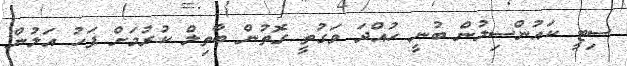
ސިޓީ ކައުންސިލުން ބުނީ ހުއްދަ ވަގުތީ ގޮތުން ބާތިލް ކުރުމަށް ފަހު އަލުން